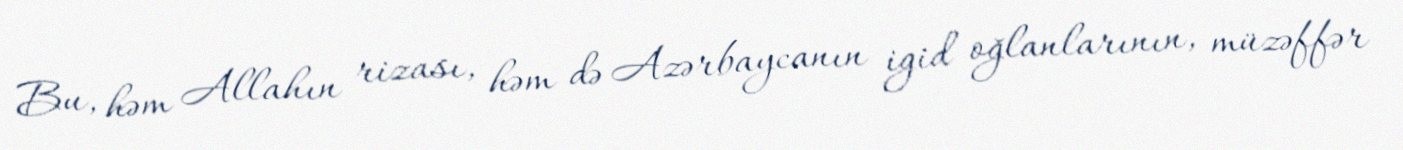
Bu, həm Allahın rizası, həm də Azərbaycanın igid oğlanlarının, müzəffər